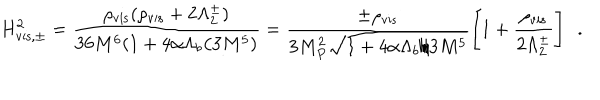
LaTeX: H _ { \mathrm { v i s , \pm } } ^ { 2 } = \frac { \rho _ { \mathrm { v i s } } ( \rho _ { \mathrm { v i s } } + 2 \Lambda _ { 2 } ^ { \pm } ) } { 3 6 M ^ { 6 } ( 1 + 4 \alpha \Lambda _ { b } / 3 M ^ { 5 } ) } = \frac { \pm \rho _ { \mathrm { v i s } } } { 3 M _ { P } ^ { 2 } \sqrt { 1 + 4 \alpha \Lambda _ { b } / 3 M ^ { 5 } } } \left[ 1 + \frac { \rho _ { \mathrm { v i s } } } { 2 \Lambda _ { 2 } ^ { \pm } } \right] ~ ~ .